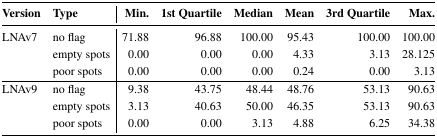
| Version | Type | Min. | 1st Quartile | Median | Mean | 3rd Quartile | Max. |
 | --- | --- | --- | --- | --- | --- | --- | --- |
 | LNAv7 | no flag | 71.88 | 96.88 | 100.00 | 95.43 | 100.00 | 100.00 |
 |  | empty spots | 0.00 | 0.00 | 0.00 | 4.33 | 3.13 | 28.125 |
 |  | poor spots | 0.00 | 0.00 | 0.00 | 0.24 | 0.00 | 3.13 |
 | LNAv9 | no flag | 9.38 | 43.75 | 48.44 | 48.76 | 53.13 | 90.63 |
 |  | empty spots | 3.13 | 40.63 | 50.00 | 46.35 | 53.13 | 90.63 |
 |  | poor spots | 0.00 | 0.00 | 3.13 | 4.88 | 6.25 | 34.38 |